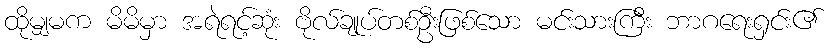
ထိုမျှမက မိမိမှာ အရဲရင့်ဆုံး ဗိုလ်ချုပ်တစ်ဦးဖြစ်သော မင်းသားကြီး ဘာဂရေးရှင်း၏